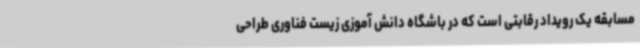
مسابقه یک رویداد رقابتی است که در باشگاه دانش آموزی زیست فناوری طراحی